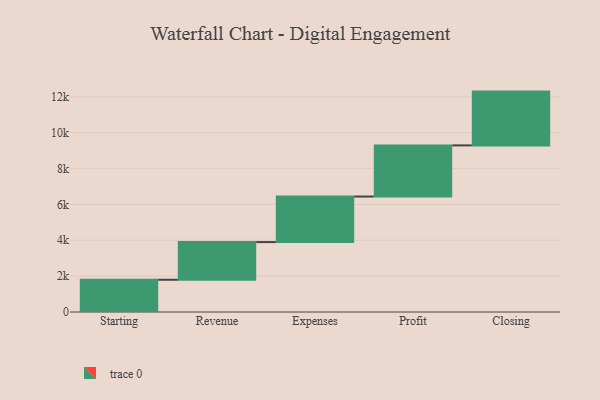
{"axis": {"x": "Step", "y": "Value"}, "legend": [""], "data": [{"x": "Starting", "y": 1798.0, "type": ""}, {"x": "Revenue", "y": 2102.0, "type": ""}, {"x": "Expenses", "y": 2540.0, "type": ""}, {"x": "Profit", "y": 2853.0, "type": ""}, {"x": "Closing", "y": 3000, "type": ""}]}